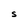
Character: S